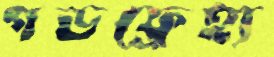
গডফ্রেহ্য